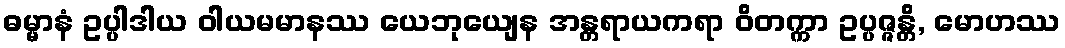
ဓမ္မာနံ ဥပ္ပါဒါယ ဝါယမမာနဿ ယေဘုယျေန အန္တရာယကရာ ဝိတက္ကာ ဥပ္ပဇ္ဇန္တိ, မောဟဿ